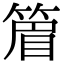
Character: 篃